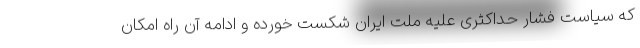
که سیاست فشار حداکثری علیه ملت ایران شکست خورده و ادامه آن راه امکان